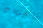
الصدمات